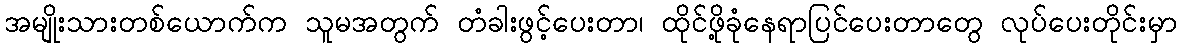
အမျိုးသားတစ်ယောက်က သူမအတွက် တံခါးဖွင့်ပေးတာ၊ ထိုင်ဖို့ခုံနေရာပြင်ပေးတာတွေ လုပ်ပေးတိုင်းမှာ